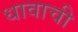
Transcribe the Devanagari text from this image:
धावाची